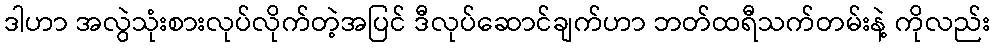
ဒါဟာ အလွဲသုံးစားလုပ်လိုက်တဲ့အပြင် ဒီလုပ်ဆောင်ချက်ဟာ ဘတ်ထရီသက်တမ်းနဲ့ ကိုလည်း